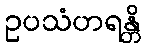
ဥပသံဟရန္တိ